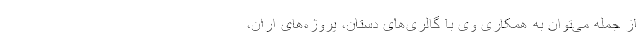
از جمله می‌توان به همکاری وی با گالری‌های دستان، پروژه‌های اران،